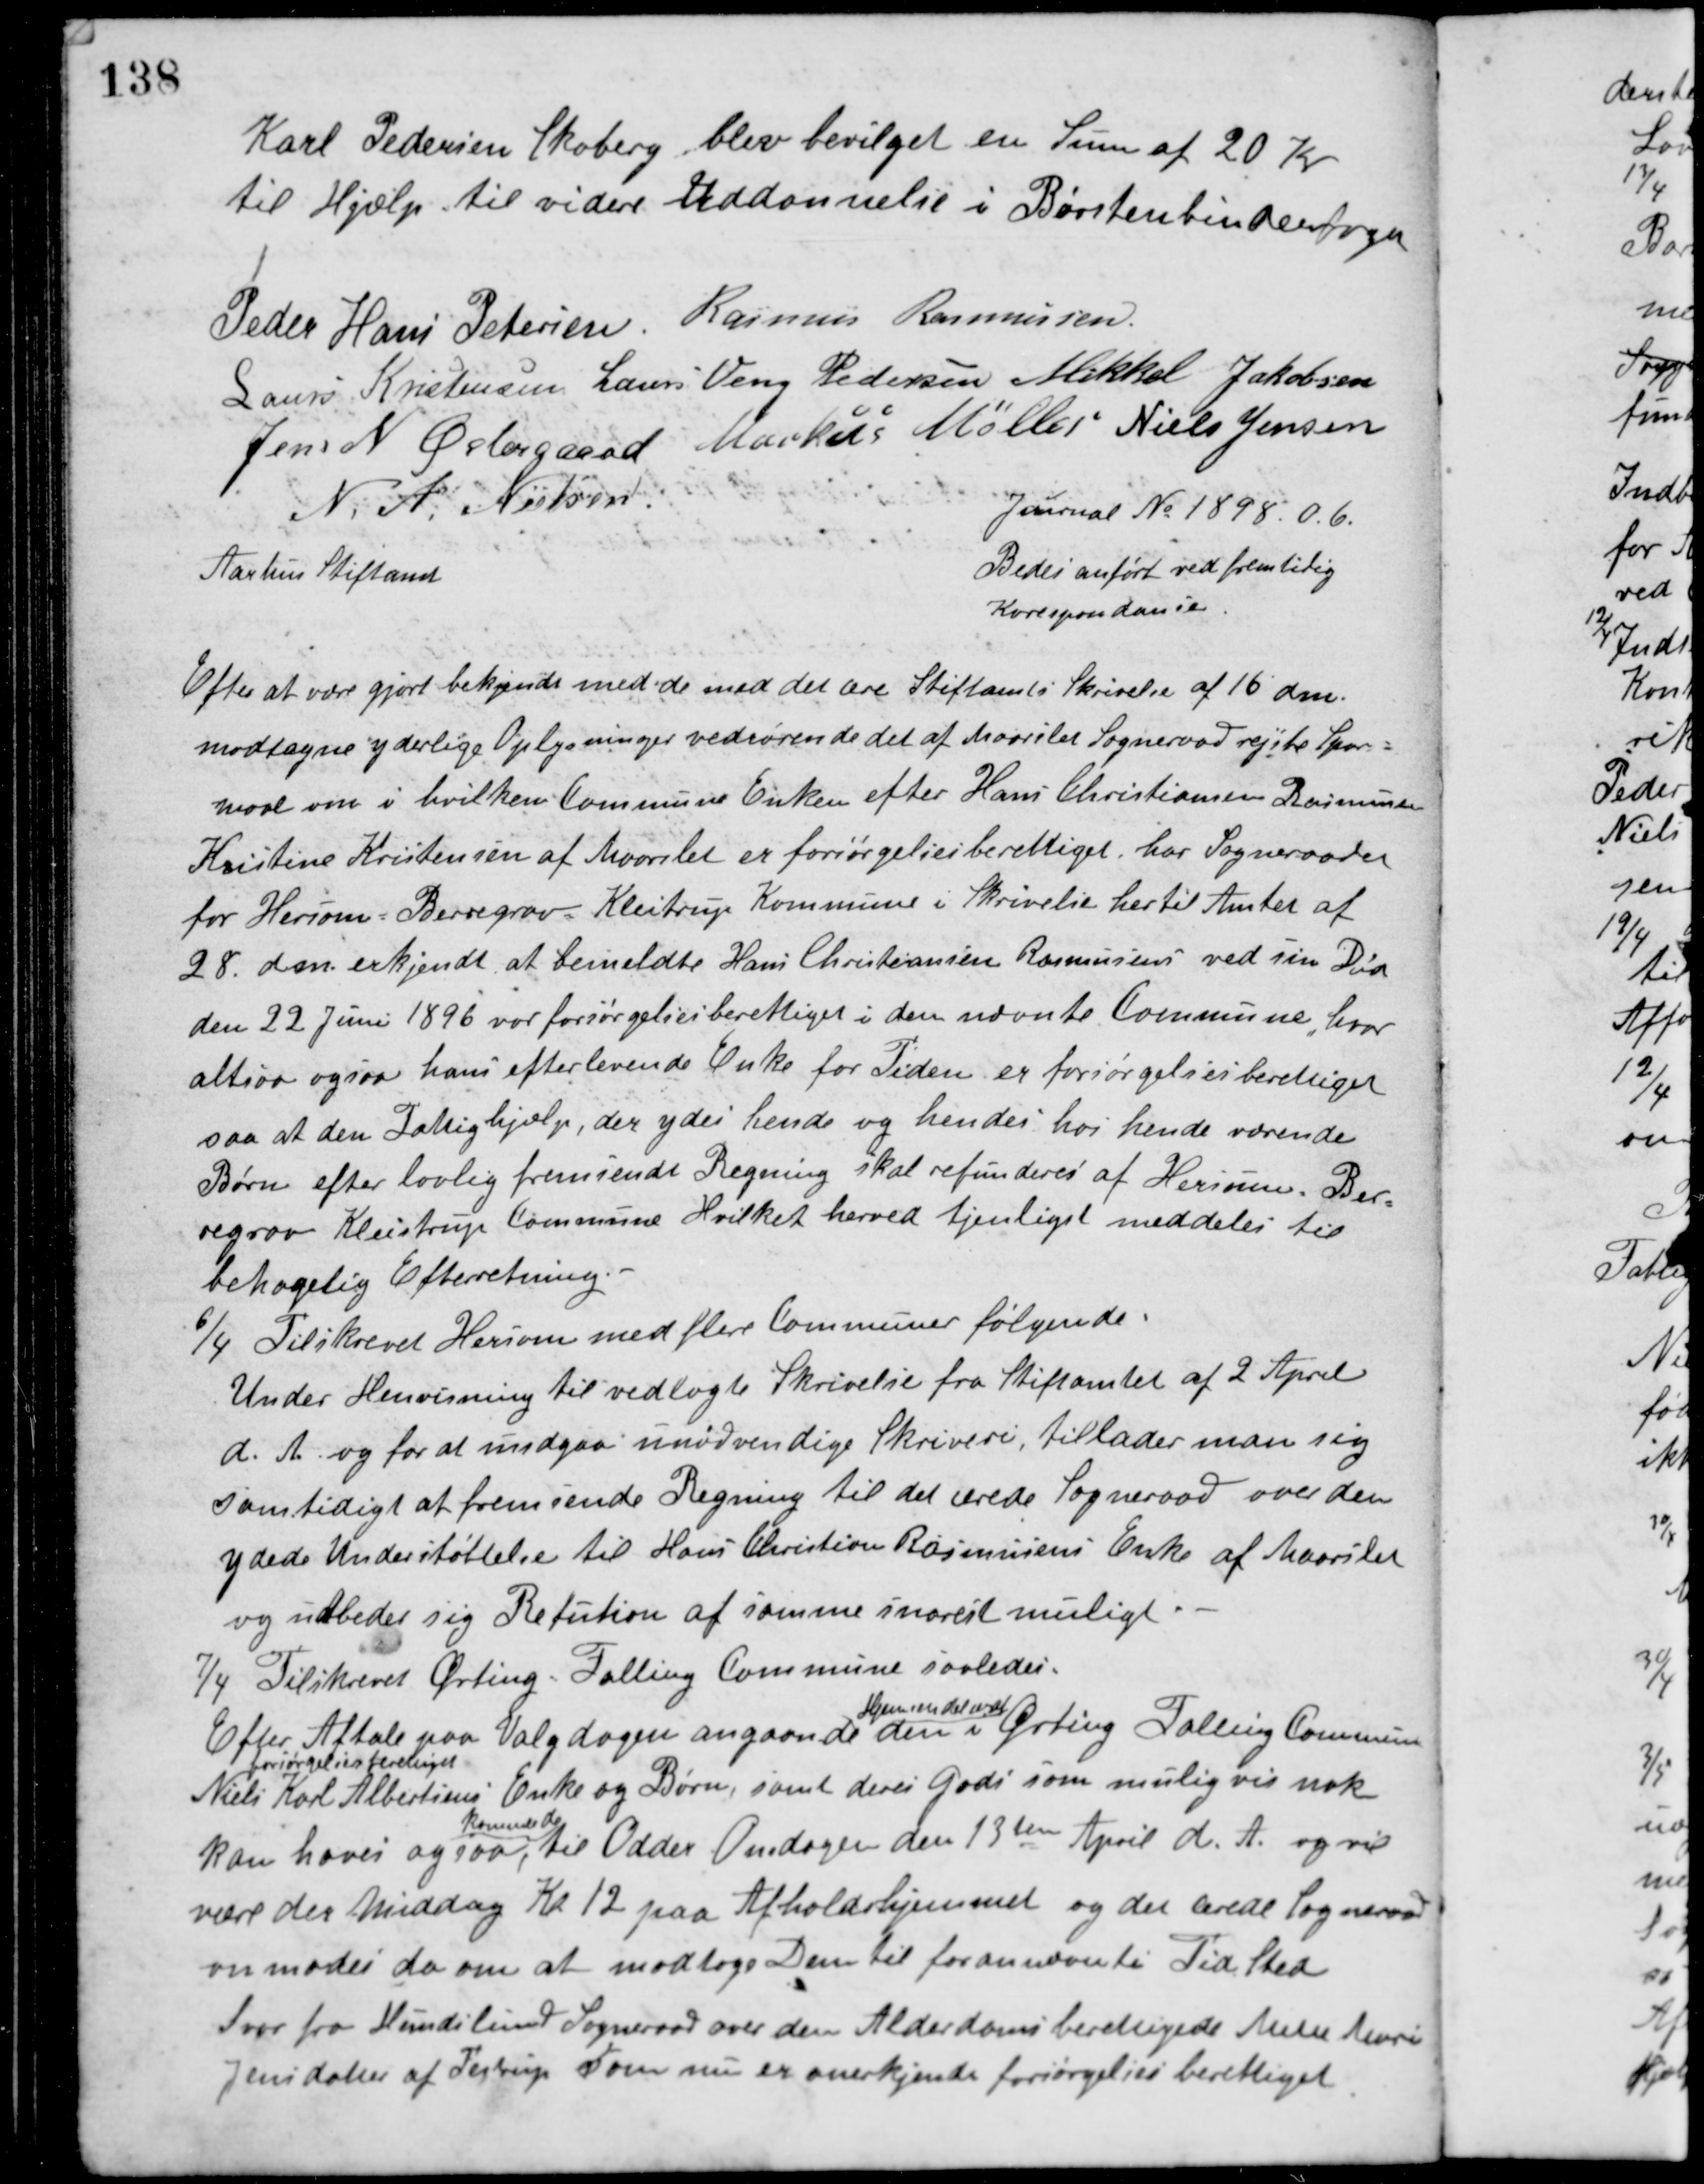
Transskription:
Karl Pedersen Skoberg blev bevilget en Sum af 20 Kr.
til Hjælp til videre Uddannelse i Børstenbindenfaget.
Peder Hans Petersen Rasmus Rasmussen
Laurs Kristensen Laurs Veng Pedersen Mikkel Jakobsen
Jens N. Østergaard Markus Møller Niels Jensen
N. A. Nielsen
Aarhus Stiftamt
Journal No 1898. 0. 6.
Bedes anført ved fremtidig
Korespondance
Efter at være gjort bekjendt med de med det ære Stiftamts Skrivelse af 16 dm.
modtagne yderlige Oplysninger vedrørende det af Maarslet Sogneraad rejste Spørs-
maal om i hvilken Kommune Enken efter Hans Christiansen Rasmussen
Kristine Kristensen af Maarslet er forsørgelsesberettiget har Sogneraadet
for Hersom-Berregrav-Kleitrup Kommune i Skrivelse her til Amtet af
28. dm. erkjendt at bemeldte Hans Christiansen Rasmussens ved sin Død
den 22 Juni 1896 var forsørgelsesberettiget i den nævnte Kommune, hvor
altsaa ogsaa hans efterlevende Enke for Tiden er forsørgelsesberettiget
saa at den Fattighjælp, der ydes hende og hendes hos hende værende
Børn efter lovlig fremsendt Regning skal refunderes af Hersom-Ber-
regrav-Kleistrup Kommune Hvilket herved tjenligst meddeles til
behagelig Efterretning.
6/4 Tilskrevet Hersom med flere Kommuner følgende:
Under Henvisning til vedlagte Skrivelse fra Stiftamtet af 2 April
d. A. og for at undgaa unødvendige Skriveri, tillader man sig
samtidigt at fremsende Regning til det ærede Sogneraad over den
ydede Understøttelse til Hans Christian Rasmussens Enke af Maarslet
og udbeder sig Refution af samme snarest muligt.
7/4 Tilskrevet Ørting-Falling Kommune saaledes:
Efter Aftale paa Valgdagen angaaende
Hjemsendelxxx
den i Ørting-Falling Kommune
forsørgelsesberettiget
Niels Karl Albertsens Enke og Børn, samt deres Gods som muligvis nok
kan haves ogsaa,
kommer de
til Odder Onsdagen den 13de April d. A. og vil
være der Middag Kl. 12 paa Afholdshjemmet og det ærede Sogneraad
anmodes da om at modtage Dem til forannævnte Tid Sted
Svar fra Hundslund Sogneraad over den Alderdomsberettigede Mette Marie
Jensdatter af Testrup som nu er anerkjende forsørgelsesberettiget